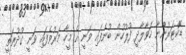
ޑޮކްޓަރުންނާ ހަވާލާދީ ފުލުހުން ބުނެފައި ވަނީ އެ މީހާ މަރުވެފައި ވަނީ ގުދުރަތީ